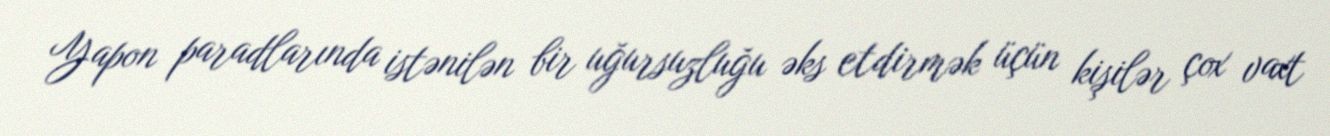
Yapon paradlarında istənilən bir uğursuzluğu əks etdirmək üçün kişilər çox vaxt